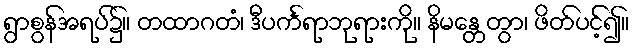
ရွာစွန်အရပ်၌။ တထာဂတံ၊ ဒီပင်္ကရာဘုရားကို။ နိမန္တေတွာ၊ ဖိတ်ပင့်၍။